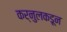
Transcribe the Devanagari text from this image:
कर्नुलकडून